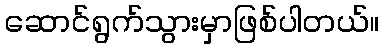
ဆောင်ရွက်သွားမှာဖြစ်ပါတယ်။